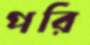
পরি